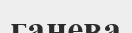
ганева